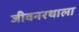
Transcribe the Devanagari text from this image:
जीवनरथाला